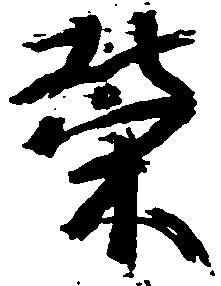
栄